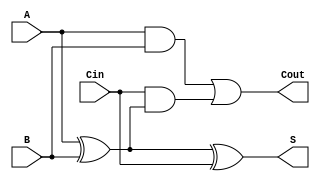
module FullAdder (
    input wire A,      // First input bit
    input wire B,      // Second input bit
    input wire Cin,    // Carry-in bit
    output reg S,      // Sum output
    output reg Cout    // Carry-out output
);

    // Always block to compute S and Cout
    always @(*) begin
        // Compute the sum
        S = A ^ B ^ Cin;  // S = A  B  Cin
        
        // Compute the carry-out
        Cout = (A & B) | (Cin & (A ^ B));  // Cout = (A  B) + (Cin  (A  B))
    end

endmodule